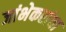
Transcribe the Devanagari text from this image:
जांभेकरांचा